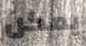
يمكن